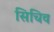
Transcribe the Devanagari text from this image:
सिचिव